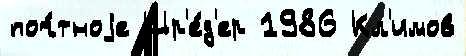
поч́тноjе Шр'е́д'ер 1986 Кл'имов